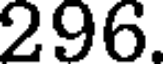
296.